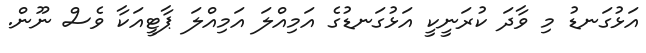
އަޅުގަނޑު މި ވާދަ ކުރަނީކީ އަޅުގަނޑުގެ އަމިއްލަ އަމިއްލަ ޕާޓީއަކާ ވެސް ނޫން.